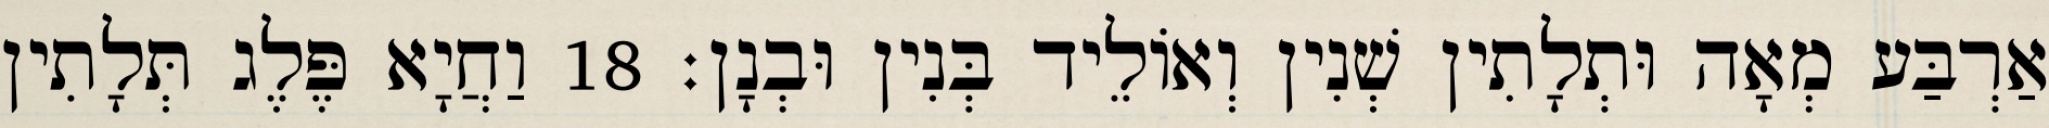
אַרְבַּע מְאָה וּתְלָתִין שְׁנִין וְאוֹלֵיד בְּנִין וּבְנָן׃ 18 וַחֲיָא פֶּלֶג תְּלָתִין